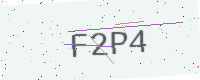
Text: F2P4